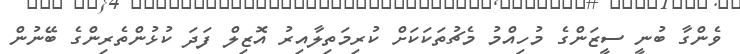
ވެންގާ ބުނީ ސީޒަންގެ މުހިއްމު މެޗުތަކަކަށް ކުރިމަތިލާއިރު އޮޒިލް ފަދަ ކުޅުންތެރިންގެ ބޭނުން